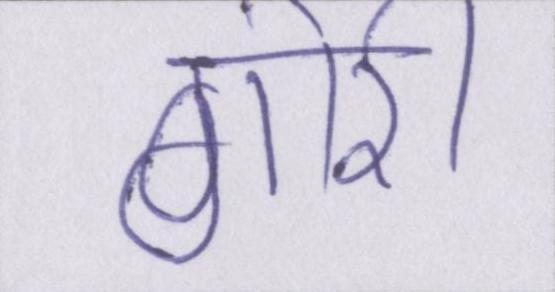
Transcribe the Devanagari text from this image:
गोरी